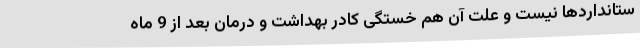
ستانداردها نیست و علت آن هم خستگی کادر بهداشت و درمان بعد از 9 ماه